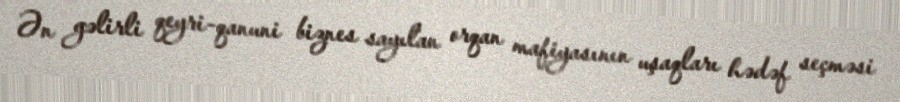
Ən gəlirli qeyri-qanuni biznes sayılan orqan mafiyasının uşaqları hədəf seçməsi